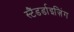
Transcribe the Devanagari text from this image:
स्टैंडर्डाइज़िंग